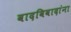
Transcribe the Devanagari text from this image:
वादविवादांना